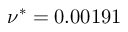
\nu ^ { * } = 0 . 0 0 1 9 1